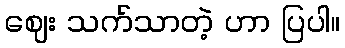
ဈေး သက်သာတဲ့ ဟာ ပြပါ။